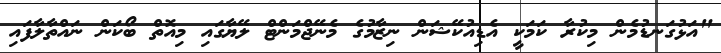
"އަޅުގަނޑުމެން މިކުރާ ކަމަކީ އެޑިއުކޭޝަން ނިޒާމުގެ މެނޭޖްމަންޓް ލޭޔާގައި މިއޮތް ބޯކަން ނައްތާލާފައި